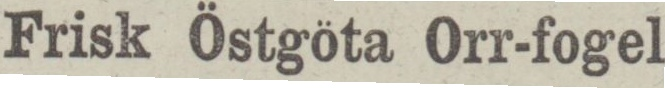
Frisk Östgöta Orr-fogel